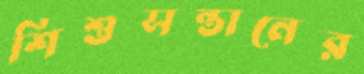
শিশুসন্তানের